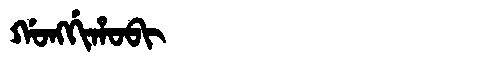
Manchu: ᡤᠣᠩᡤᡳᡥᠣᠪᡳ
Romanization: GONGGIHOBI